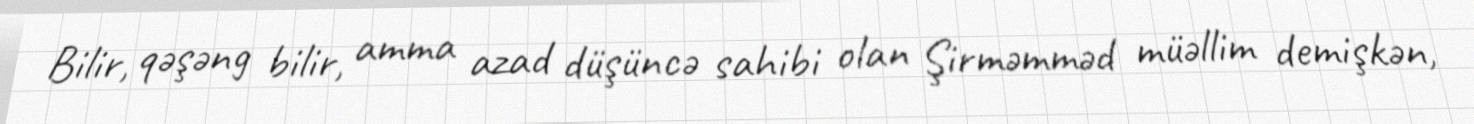
Bilir, qəşəng bilir, amma azad düşüncə sahibi olan Şirməmməd müəllim demişkən,